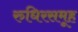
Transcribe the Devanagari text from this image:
रुधिरसमूह